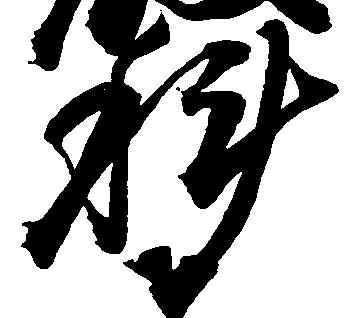
科